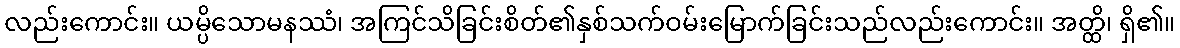
လည်းကောင်း။ ယမ္ပိသောမနဿံ၊ အကြင်သိခြင်းစိတ်၏နှစ်သက်ဝမ်းမြောက်ခြင်းသည်လည်းကောင်း။ အတ္ထိ၊ ရှိ၏။